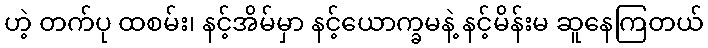
ဟဲ့ တက်ပု ထစမ်း၊ နင့်အိမ်မှာ နင့်ယောက္ခမနဲ့ နင့်မိန်းမ ဆူနေကြတယ်